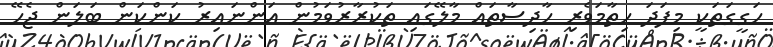
ހަގީގަތަކީ މިފަދަ ހިތާމަވެރި ހާދިސާތައް މާލޭގައި ތަކުރާރުވަމުން އަންނައިރު ކަންކަން ބަލަން ޖެހޭ